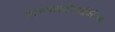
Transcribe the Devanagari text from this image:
रत्त्‍नपारखींव्यतिरिक्त